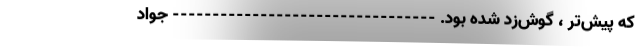
که پیش‌تر ، گوش‌زد شده بود. --------------------------------- جواد